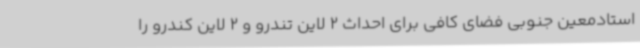
استادمعین جنوبی فضای کافی برای احداث 2 لاین تندرو و 2 لاین کندرو را